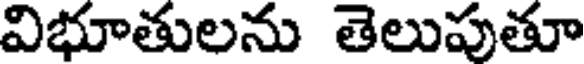
విభూతులను తెలుపుతూ